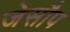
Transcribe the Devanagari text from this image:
जेसौप